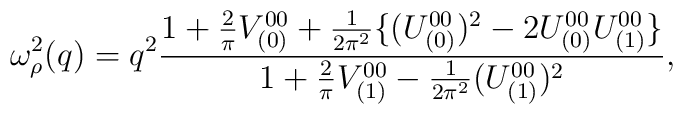
\omega^{2}_{\rho}(q) = q^{2}  \frac{ 1 + \frac{2}{\pi} V_{(0)}^{00} + \frac{1}{2 \pi ^{2}}\{(U_{(0)}^{00})^{2} - 2 U_{(0)}^{00} U_{(1)}^{00}\} }{1 + \frac{2}{\pi} V_{(1)}^{00} - \frac{1}{2 \pi ^{2}} (U_{(1)}^{00})^{2}},